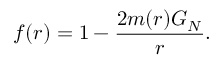
f ( r ) = 1 - \frac { 2 m ( r ) G _ { N } } { r } .